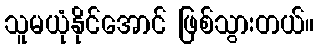
သူမယုံနိုင်အောင် ဖြစ်သွားတယ်။